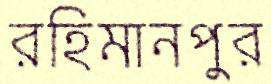
রহিমানপুর